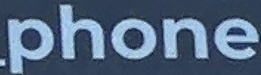
phone